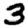
Digit: 3